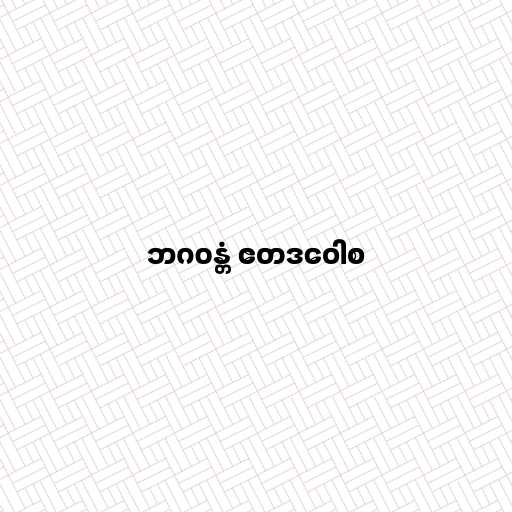
ဘဂဝန္တံ ဧတဒဝေါစ